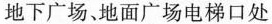
地下广场、地面广场电梯口处